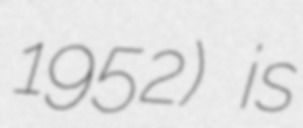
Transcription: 1952) is